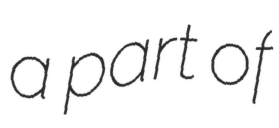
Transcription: a part of